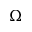
\Omega